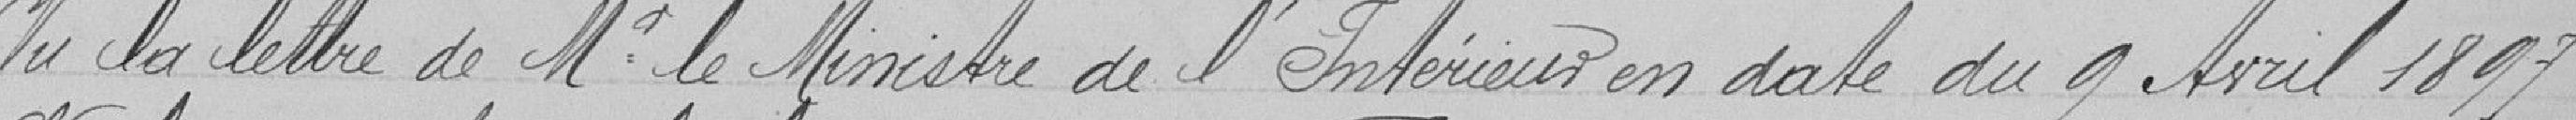
Vu la lettre de Monsieur le Ministre de l'Intérieur en dsate du 9 avril 1897,